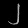
Digit: ၂